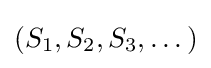
(S_{1},S_{2},S_{3},\dots )